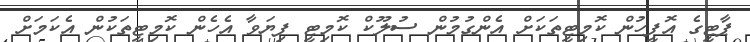
ޕާޓީގެ އޮފީހުން ކޮމިޓީތަކަށް އެންގުމުން ސުލޫކް ކޮމިޓީ ފިޔަވާ އެހެން ކޮމިޓީތަކުން އެކަމަށް